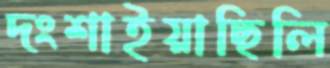
দংশাইয়াছিলি